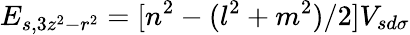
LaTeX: E_{s,3z^{2}-r^{2}}=[n^{2}-(l^{2}+m^{2})/2]V_{sd\sigma}